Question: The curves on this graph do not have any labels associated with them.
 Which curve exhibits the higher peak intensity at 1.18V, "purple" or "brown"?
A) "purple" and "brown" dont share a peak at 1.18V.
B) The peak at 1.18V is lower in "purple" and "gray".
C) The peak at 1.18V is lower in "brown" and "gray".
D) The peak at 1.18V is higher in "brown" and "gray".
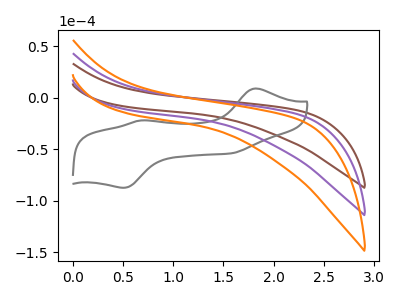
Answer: <think>The brown curve "brown" has no peaks. The gray curve "gray" has anodic peaks at (1.80V, 8.85uA) (0.65V, -22.25uA) and cathodic peaks at (0.50V, -87.55uA) (1.60V, -54.05uA). The purple curve "purple" has no peaks. The orange curve "orange" has no peaks.</think>
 <answer>A) "purple" and "brown" dont share a peak at 1.18V.</answer>
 <eval>A</eval>